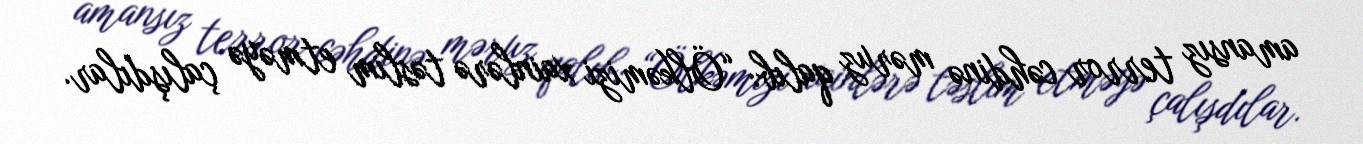
amansız terror cəhdinə məruz qalıb: “Ölkəmizi xainlərə təslim etməyə çalışdılar.